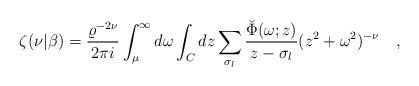
LaTeX: \begin{align*}\zeta(\nu|\beta)={\varrho^{-2\nu} \over 2\pi i}\int_{\mu}^{\infty} d\omega \int_C dz \sum_{\sigma_l}{\breve{\Phi}(\omega;z) \over z-\sigma_l}(z^2+\omega^2)^{-\nu}~~~,\end{align*}